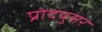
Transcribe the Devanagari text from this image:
प्रोदयुसर